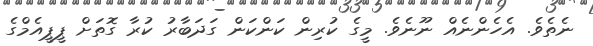
ނެތެވެ. އެހެންނެއް ނޫނެވެ. މީގެ ކުރިން ކަންކަން ގަދަބާރު ކުރާ ގޮތަށް ޕީޕީއެމްގެ